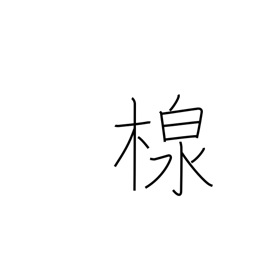
Meaning: container for pouring water